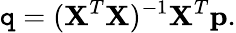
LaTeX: \mathtt{q}=(\textbf{{X}}^{T}\textbf{{X}})^{-1}\textbf{{X}}^{T}\textbf{{p}}.